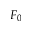
F _ { 0 }